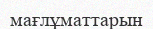
мағлұматтарын